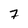
Character: 7